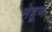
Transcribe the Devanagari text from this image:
मेहूण